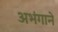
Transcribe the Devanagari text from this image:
अभंगाने